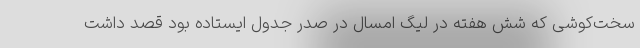
سخت‌کوشی که شش هفته در لیگ امسال در صدر جدول ایستاده بود قصد داشت